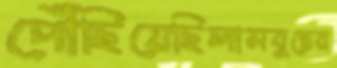
পৌঁছিয়েছিলামবুদ্ধের